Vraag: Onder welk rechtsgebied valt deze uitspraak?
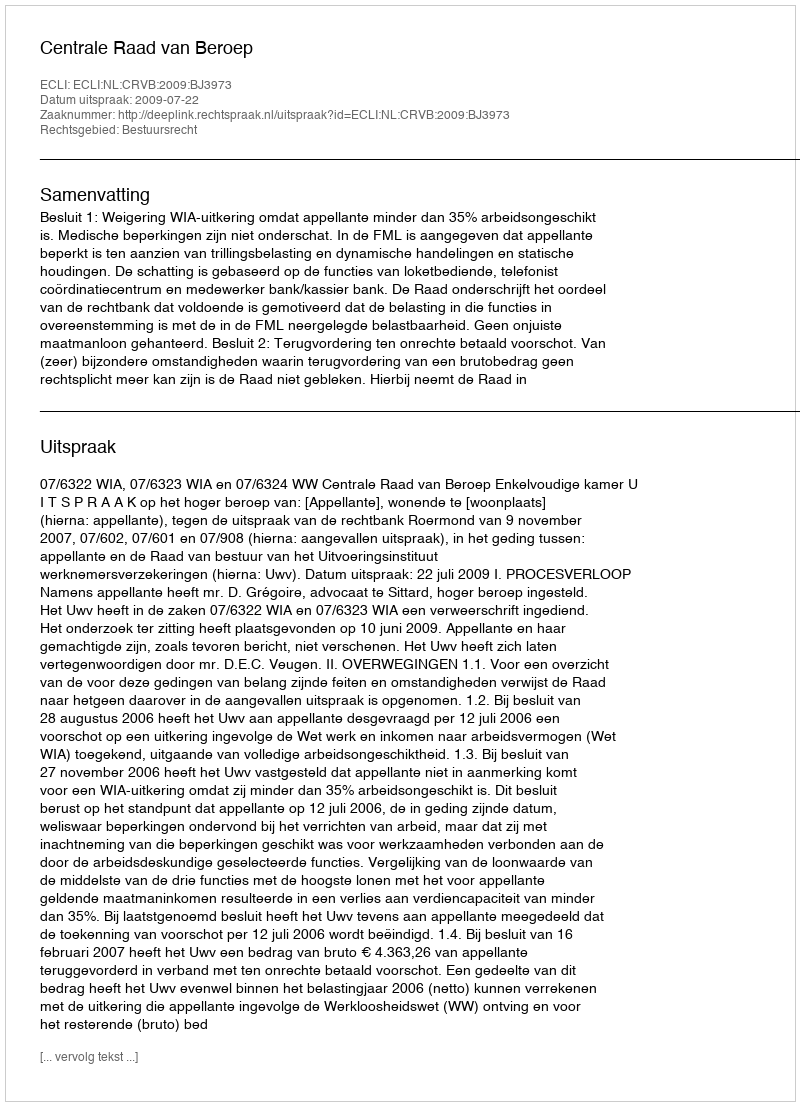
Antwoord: Bestuursrecht